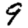
Digit: 9